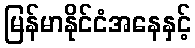
မြန်မာနိုင်ငံအနေနှင့်